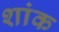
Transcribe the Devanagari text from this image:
शांक